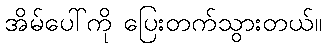
အိမ်ပေါ်ကို ပြေးတက်သွားတယ်။